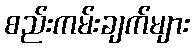
စည်းကမ်းချက်များ